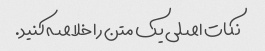
نکات اصلی یک متن را خلاصه کنید.